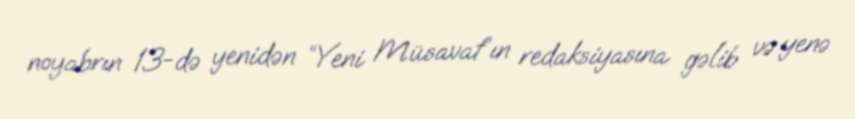
noyabrın 13-də yenidən “Yeni Müsavat”ın redaksiyasına gəlib və yenə